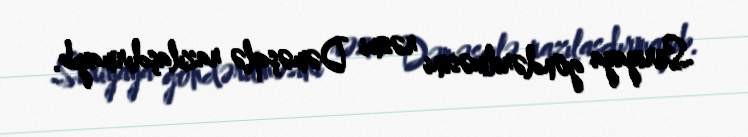
Suriyaya göndərilməsini rəsmi Dəməşqlə razılaşdırmayıb.